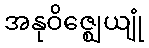
အနုဝိဇ္ဈေယျုံ